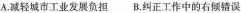
A.减轻城市工业发展负担 B.纠正工作中的右倾错误